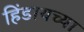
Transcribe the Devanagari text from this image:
हिंडायच्या